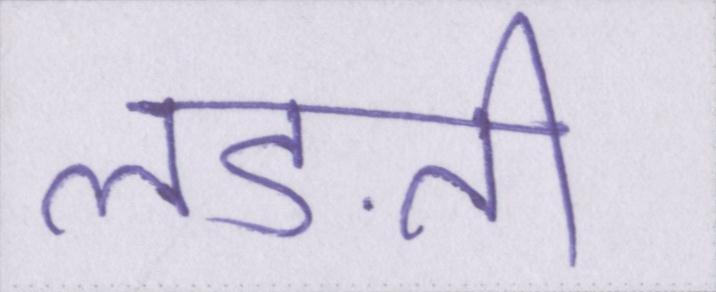
लड़ती